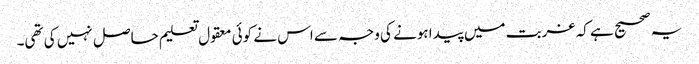
یہ صحیح ہے کہ غربت میں پیدا ہونے کی وجہ سے اس نے کوئی معقول تعلیم حاصل نہیں کی تھی۔